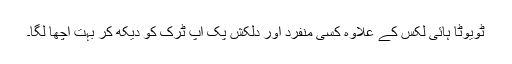
ٹویوٹا ہائی لکس کے علاوہ کسی منفرد اور دلکش پک اپ ٹرک کو دیکھ کر بہت اچھا لگا۔